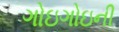
ગોઇગોઇની